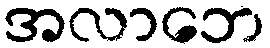
အလာဘေ